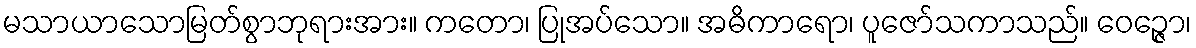
မသာယာသောမြတ်စွာဘုရားအား။ ကတော၊ ပြုအပ်သော။ အဓိကာရော၊ ပူဇော်သကာသည်။ ဝေဉ္ဇော၊